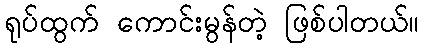
ရုပ်ထွက် ကောင်းမွန်တဲ့ ဖြစ်ပါတယ်။